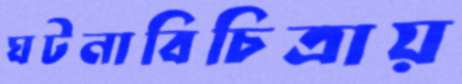
ঘটনাবিচিত্রায়